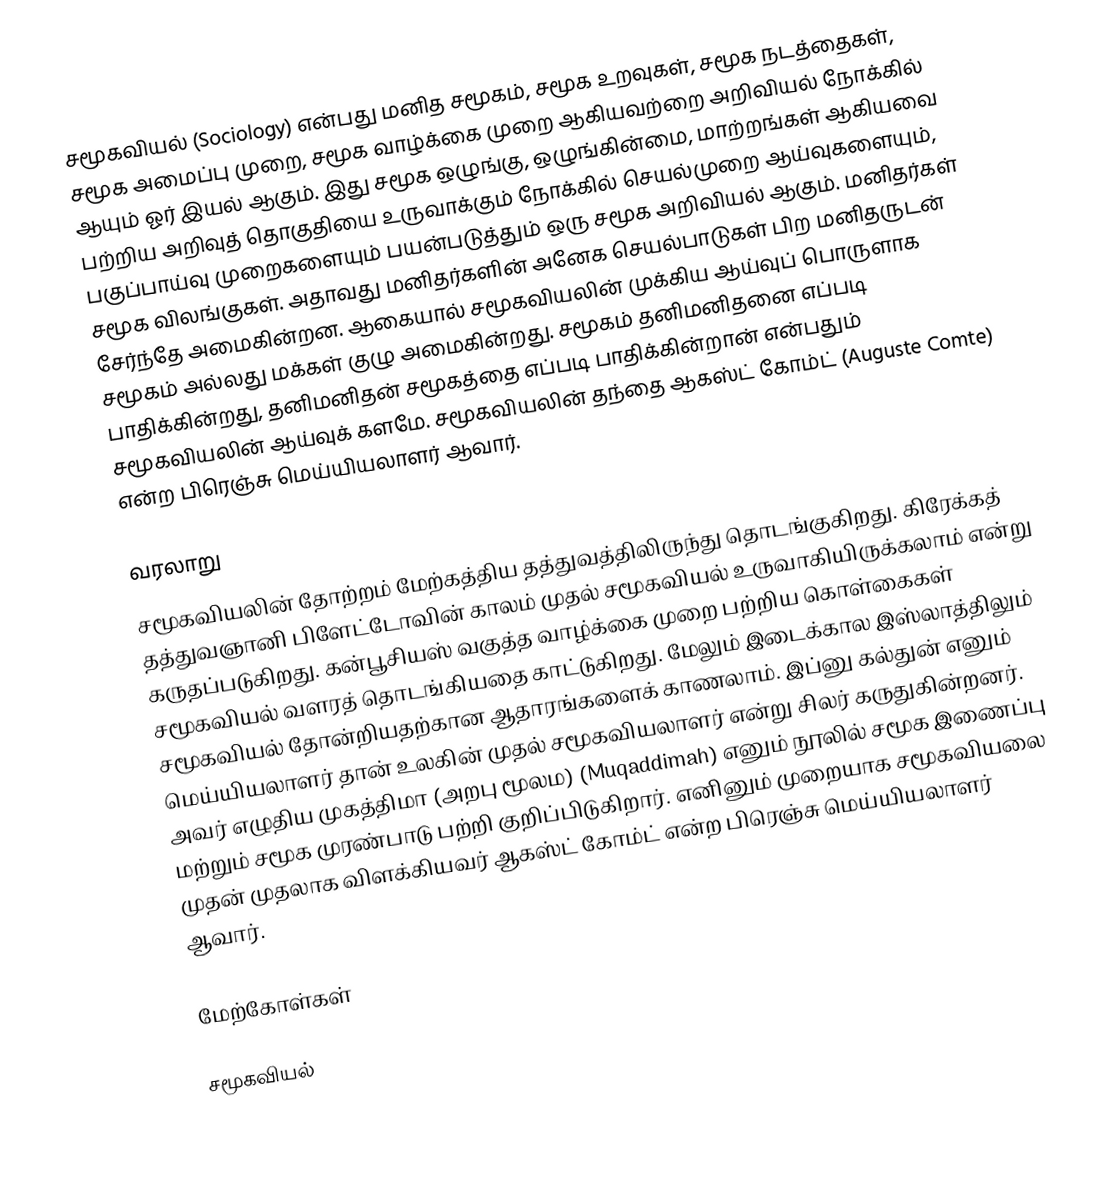
சமூகவியல் (Sociology) என்பது மனித சமூகம், சமூக உறவுகள், சமூக நடத்தைகள், சமூக அமைப்பு முறை, சமூக வாழ்க்கை முறை ஆகியவற்றை அறிவியல் நோக்கில் ஆயும் ஓர் இயல் ஆகும்.  இது சமூக ஒழுங்கு, ஒழுங்கின்மை, மாற்றங்கள் ஆகியவை பற்றிய அறிவுத் தொகுதியை உருவாக்கும் நோக்கில் செயல்முறை ஆய்வுகளையும், பகுப்பாய்வு முறைகளையும் பயன்படுத்தும் ஒரு சமூக அறிவியல் ஆகும். மனிதர்கள் சமூக விலங்குகள். அதாவது மனிதர்களின் அனேக செயல்பாடுகள் பிற மனிதருடன் சேர்ந்தே அமைகின்றன. ஆகையால் சமூகவியலின் முக்கிய ஆய்வுப் பொருளாக சமூகம் அல்லது மக்கள் குழு அமைகின்றது. சமூகம் தனிமனிதனை எப்படி பாதிக்கின்றது, தனிமனிதன் சமூகத்தை எப்படி பாதிக்கின்றான் என்பதும் சமூகவியலின் ஆய்வுக் களமே. சமூகவியலின் தந்தை ஆகஸ்ட் கோம்ட் (Auguste Comte) என்ற பிரெஞ்சு மெய்யியலாளர் ஆவார்.

வரலாறு
சமூகவியலின் தோற்றம் மேற்கத்திய தத்துவத்திலிருந்து தொடங்குகிறது. கிரேக்கத் தத்துவஞானி பிளேட்டோவின் காலம் முதல் சமூகவியல் உருவாகியிருக்கலாம் என்று கருதப்படுகிறது. கன்பூசியஸ் வகுத்த வாழ்க்கை முறை பற்றிய கொள்கைகள் சமூகவியல் வளரத் தொடங்கியதை காட்டுகிறது. மேலும் இடைக்கால இஸ்லாத்திலும் சமூகவியல் தோன்றியதற்கான ஆதாரங்களைக் காணலாம். இப்னு கல்துன் எனும் மெய்யியலாளர் தான் உலகின் முதல் சமூகவியலாளர் என்று சிலர் கருதுகின்றனர். அவர் எழுதிய முகத்திமா (அறபு மூலம)  (Muqaddimah) எனும் நூலில் சமூக இணைப்பு மற்றும் சமூக முரண்பாடு பற்றி குறிப்பிடுகிறார். எனினும் முறையாக சமூகவியலை முதன் முதலாக விளக்கியவர் ஆகஸ்ட் கோம்ட் என்ற பிரெஞ்சு மெய்யியலாளர் ஆவார்.

மேற்கோள்கள்

சமூகவியல்